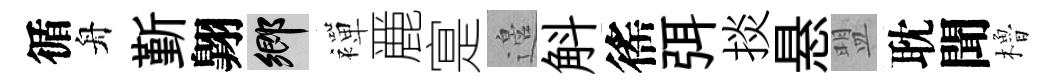
循舟斳翺鄉襌䴡寔邉斛徭弭掞悬盟耽聞櫓